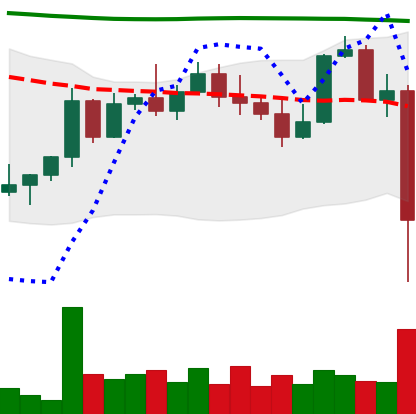
Ticker: NEO-USD
Chart end date: 2022-11-08
Forward return: -10.403%
Label: down_7plus